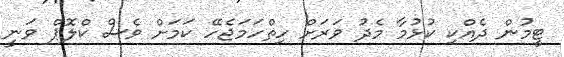
ޓީމުން ދެއްކި ކުޅުމާ މެދު ވަރަށް ހިތްހަމަޖެހޭ ކަމަށް ވެސް ކްލޮޕް ވަނީ